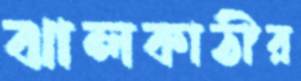
ঝালকাঠীর